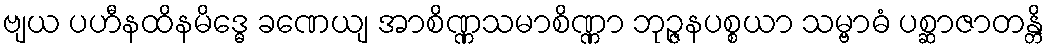
ဗျယ ပဟီနထိနမိဒ္ဓေ ခဏေယျ အာစိဏ္ဏသမာစိဏ္ဏာ ဘုဉ္ဇနပစ္စယာ သမ္ဗာဓံ ပစ္ဆာဇာတန္တိ